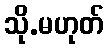
သို.မဟုတ်